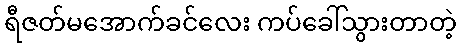
ရီဇတ်မအောက်ခင်လေး ကပ်ခေါ်သွားတာတဲ့